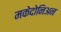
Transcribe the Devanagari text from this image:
मकेदोनिअन